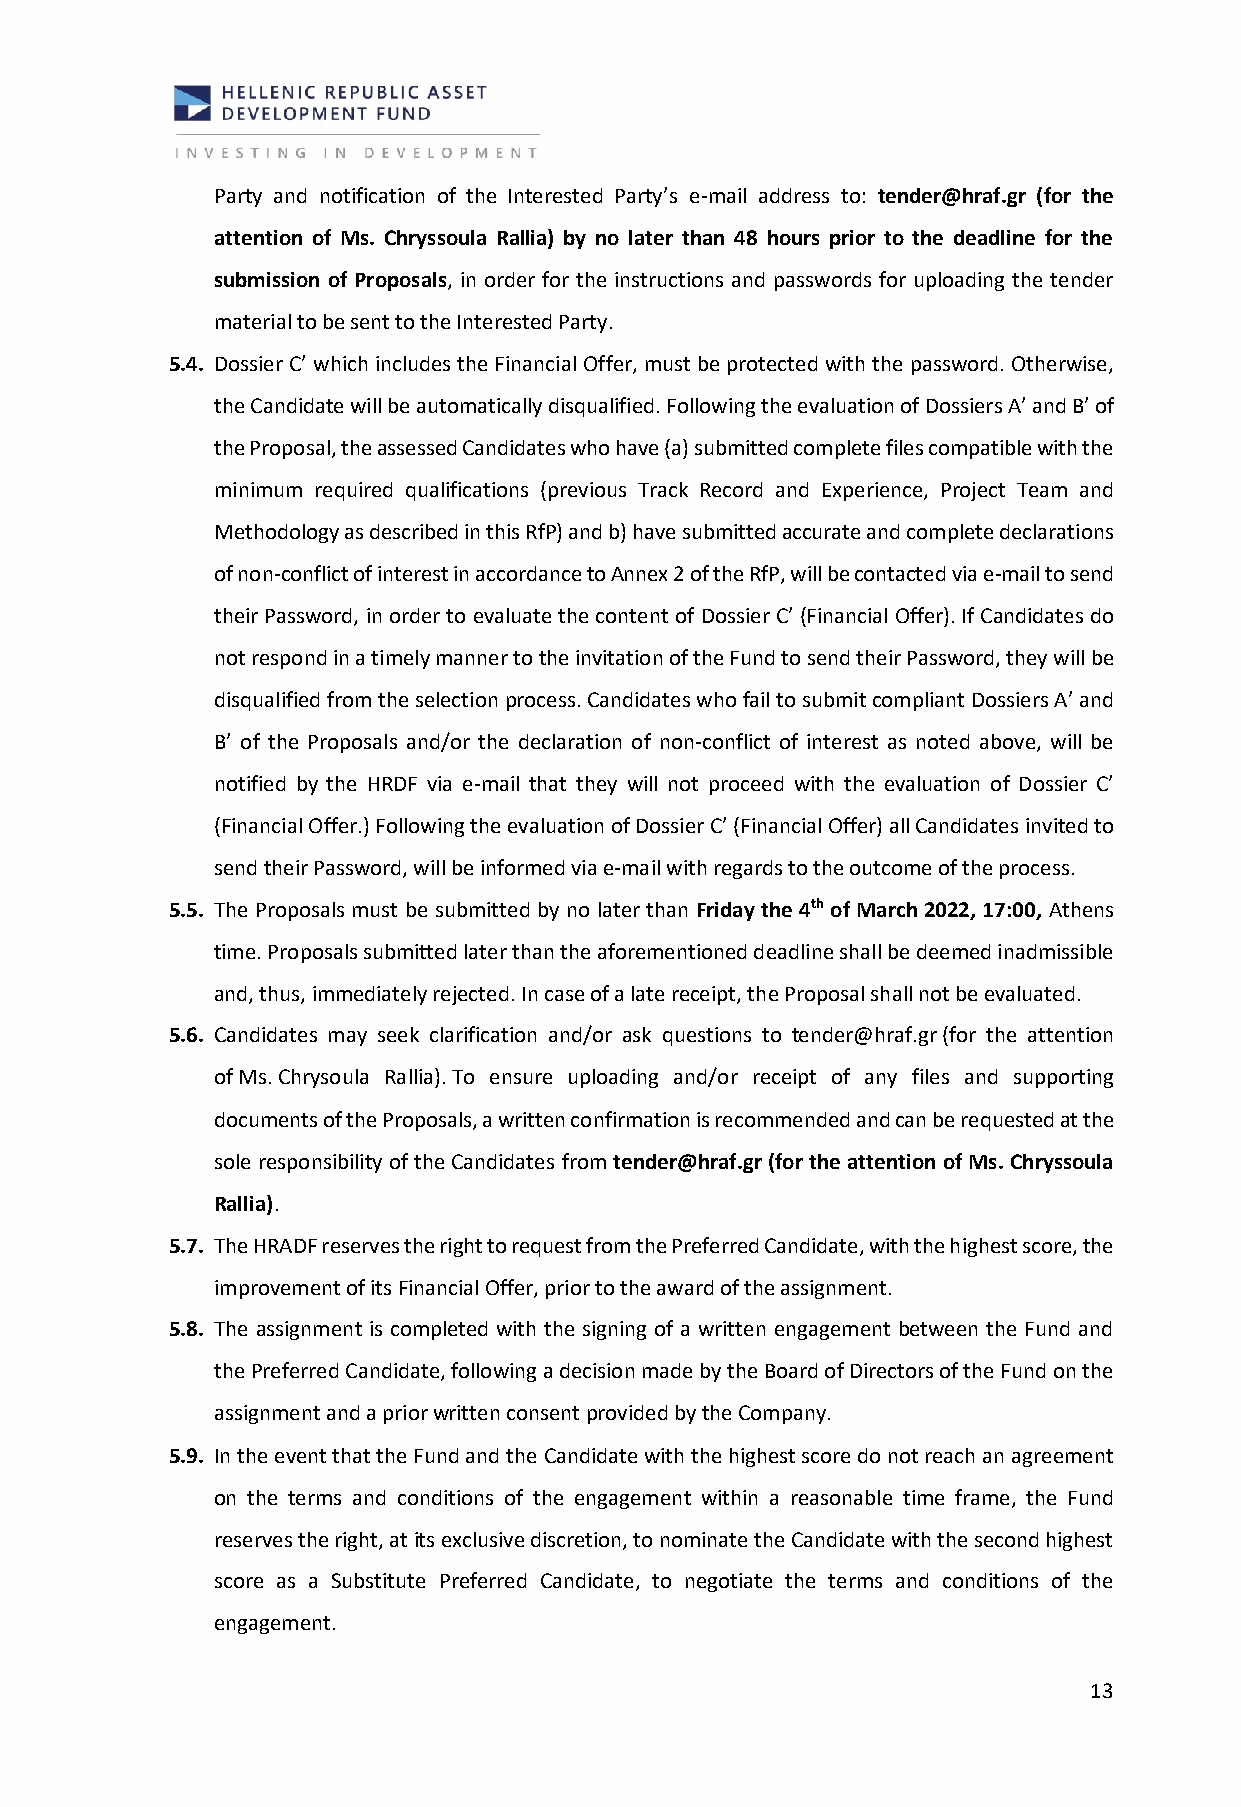
Party and notification of the Interested Party’s e-mail address to: tender@hraf.gr (for the
 attention of Ms. Chryssoula Rallia) by no later than 48 hours prior to the deadline for the
 submission of Proposals, in order for the instructions and passwords for uploading the tender
 material to be sent to the Interested Party.
 5.4. Dossier C’ which includes the Financial Offer, must be protected with the password. Otherwise,
 the Candidate will be automatically disqualified. Following the evaluation of Dossiers A’ and B’ of
 the Proposal, the assessed Candidates who have (a) submitted complete files compatible with the
 minimum required qualifications (previous Track Record and Experience, Project Team and
 Methodology as described in this RfP) and b) have submitted accurate and complete declarations
 of non-conflict of interest in accordance to Annex 2 of the RfP, will be contacted via e-mail to send
 their Password, in order to evaluate the content of Dossier C’ (Financial Offer). If Candidates do
 not respond in a timely manner to the invitation of the Fund to send their Password, they will be
 disqualified from the selection process. Candidates who fail to submit compliant Dossiers A’ and
 B’ of the Proposals and/or the declaration of non-conflict of interest as noted above, will be
 notified by the HRDF via e-mail that they will not proceed with the evaluation of Dossier C’
 (Financial Offer.) Following the evaluation of Dossier C’ (Financial Offer) all Candidates invited to
 send their Password, will be informed via e-mail with regards to the outcome of the process.
 5.5. The Proposals must be submitted by no later than Friday the 4th of March 2022, 17:00, Athens
 time. Proposals submitted later than the aforementioned deadline shall be deemed inadmissible
 and, thus, immediately rejected. In case of a late receipt, the Proposal shall not be evaluated.
 5.6. Candidates may seek clarification and/or ask questions to tender@hraf.gr (for the attention
 of Ms. Chrysoula Rallia). To ensure uploading and/or receipt of any files and supporting
 documents of the Proposals, a written confirmation is recommended and can be requested at the
 sole responsibility of the Candidates from tender@hraf.gr (for the attention of Ms. Chryssoula
 Rallia).
 5.7. The HRADF reserves the right to request from the Preferred Candidate, with the highest score, the
 improvement of its Financial Offer, prior to the award of the assignment.
 5.8. The assignment is completed with the signing of a written engagement between the Fund and
 the Preferred Candidate, following a decision made by the Board of Directors of the Fund on the
 assignment and a prior written consent provided by the Company.
 5.9. In the event that the Fund and the Candidate with the highest score do not reach an agreement
 on the terms and conditions of the engagement within a reasonable time frame, the Fund
 reserves the right, at its exclusive discretion, to nominate the Candidate with the second highest
 score as a Substitute Preferred Candidate, to negotiate the terms and conditions of the
 engagement.
 13